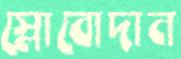
স্লোবোদান